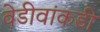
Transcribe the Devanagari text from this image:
वेडीवांकडी